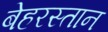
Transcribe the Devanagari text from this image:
बेहरस्तान